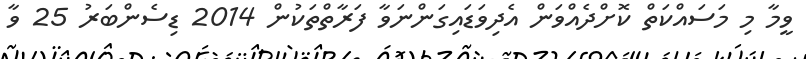
ވީމާ މި މަސައްކަތް ކޮށްދެއްވަން އެދިވަޑައިގަންނަވާ ފަރާތްތަކުން 2014 ޑިސެންބަރު 25 ވާ